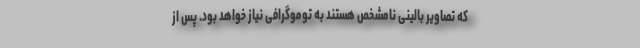
که تصاویر بالینی نامشخص هستند به توموگرافی نیاز خواهد بود. پس از